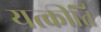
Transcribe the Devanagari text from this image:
यत्कीर्ति